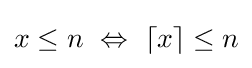
x\leq n~\Leftrightarrow ~\lceil x\rceil \leq n